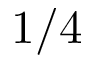
1 / 4